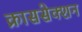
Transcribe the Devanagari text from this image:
क्राससेक्शन